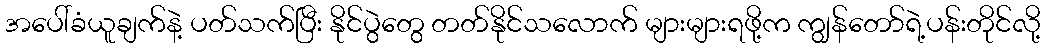
အပေါ်ခံယူချက်နဲ့ ပတ်သက်ပြီး နိုင်ပွဲတွေ တတ်နိုင်သလောက် များများရဖို့က ကျွန်တော်ရဲ့ပန်းတိုင်လို့